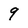
Character: 9